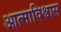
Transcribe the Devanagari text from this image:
आत्माविश्वास